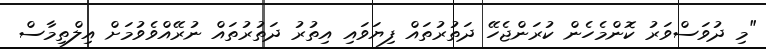
"މި ދުވަސްވަރު ކޮންމެހެން ކުރަންޖެހޭ ދަތުރުތައް ފިޔަވައި އިތުރު ދަތުރުތައް ނުރޭއްވެވުމަށް އިލްތިމާސް